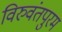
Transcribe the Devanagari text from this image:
विरुवंतपुरम